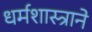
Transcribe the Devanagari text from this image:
धर्मशास्त्राने